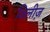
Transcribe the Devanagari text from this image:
विलीज़